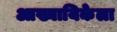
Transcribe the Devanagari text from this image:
आख्यायिकेला